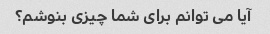
آیا می توانم برای شما چیزی بنوشم؟